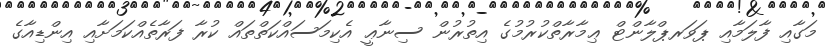
މަގާއި ފާލަމާއި ޕަވަރޕްލާންޓް ޢިމާރާތްކުރުމުގެ އިތުރުން ސިނާޢީ އެކިމަސައްކަތްތައް ކުރާ ފަރާތެއްކަމަށާއި އިންޑިއާގެ